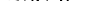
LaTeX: \smash{R_{SC,1e^{-}}}